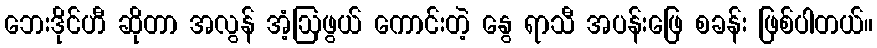
ဘေးဒိုင်ဟီ ဆိုတာ အလွန် အံ့ဩဖွယ် ကောင်းတဲ့ နွေ ရာသီ အပန်းဖြေ စခန်း ဖြစ်ပါတယ်။